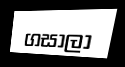
ගසාලා